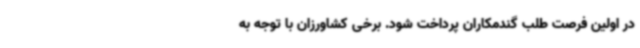
در اولین فرصت طلب گندمکاران پرداخت شود. برخی کشاورزان با توجه به